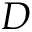
D